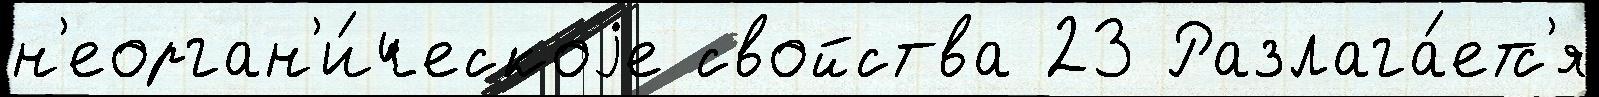
н'еорган'и́ческоjе свойства 23 Разлага́етс'я